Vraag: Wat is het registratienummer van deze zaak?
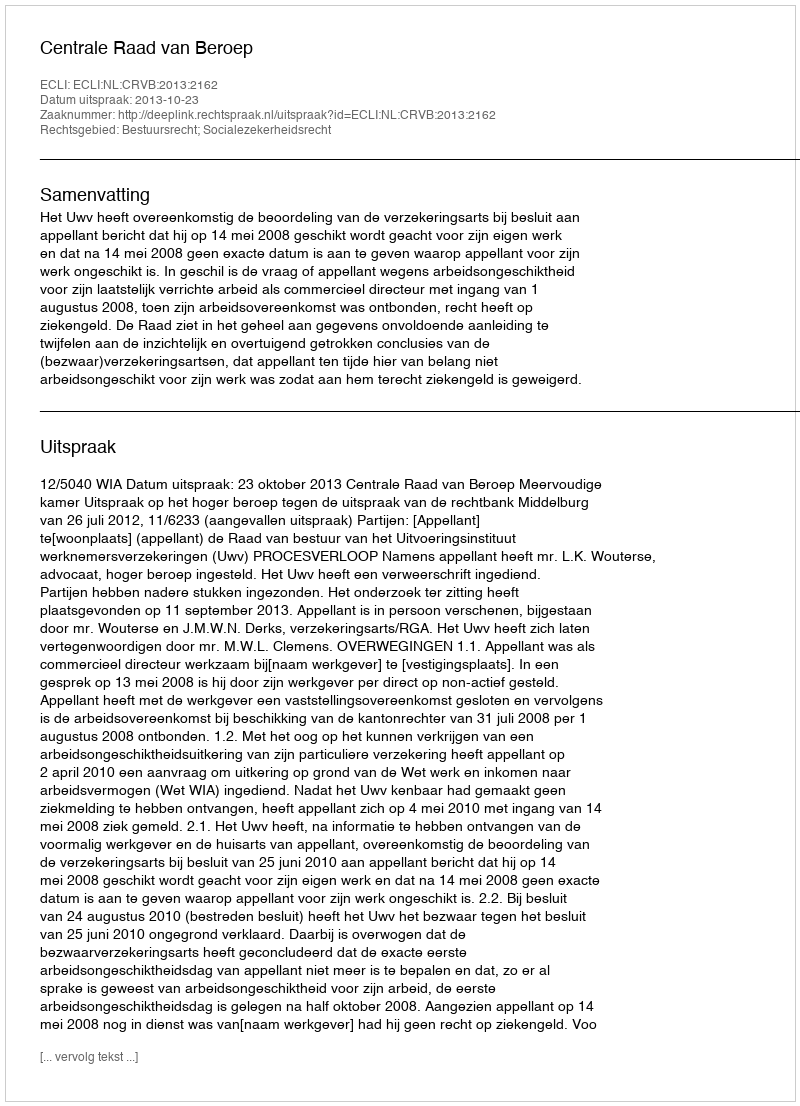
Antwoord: http://deeplink.rechtspraak.nl/uitspraak?id=ECLI:NL:CRVB:2013:2162